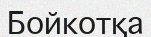
Бойкотқа